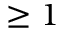
\geq 1